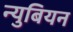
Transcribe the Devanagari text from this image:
न्युबियन